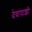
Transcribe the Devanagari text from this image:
देवांपाशी